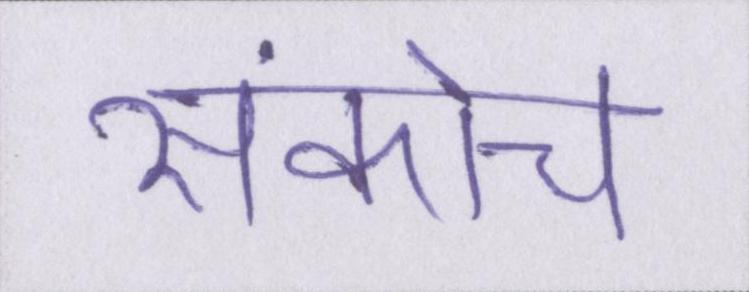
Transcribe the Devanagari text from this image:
संकोच